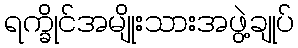
ရက္ခိုင်အမျိုးသားအဖွဲ့ချုပ်